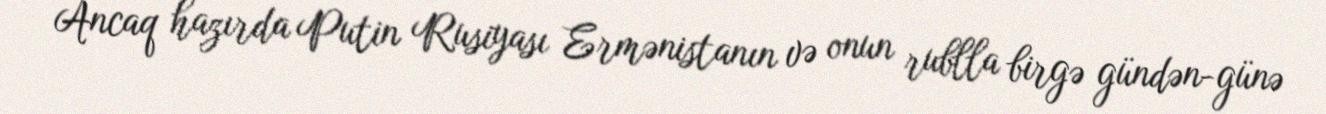
Ancaq hazırda Putin Rusiyası Ermənistanın və onun rublla birgə gündən-günə